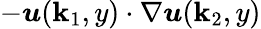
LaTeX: -\boldsymbol{u}(\boldsymbol{\mathbf{k}}_{1},y)\cdot\nabla\boldsymbol{u}(\boldsymbol{\mathbf{k}}_{2},y)